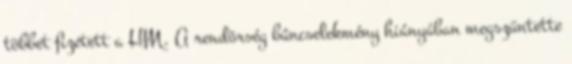
többet fizetett a HM. A rendõrség bûncselekmény hiányában megszüntette